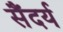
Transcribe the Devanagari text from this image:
सैंदर्य